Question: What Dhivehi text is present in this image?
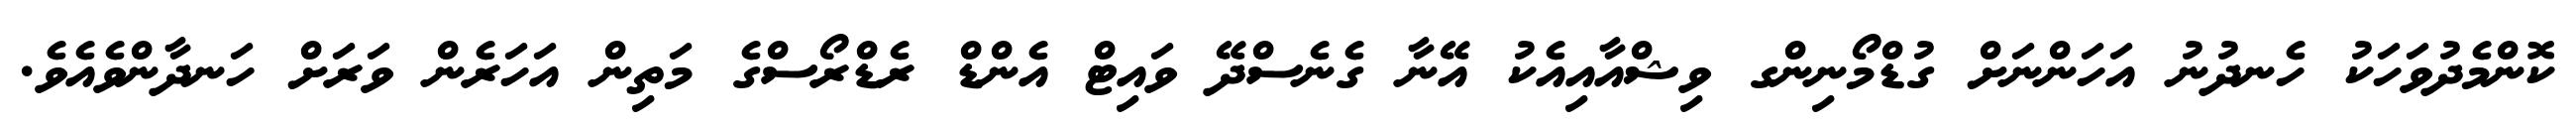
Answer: ކޮންމެދުވަހަކު ހެނދުނު އަހަންނަށް ގުޑްމޯނިންގ ވިޝްއާއިއެކު އޭނާ ގެނެސްދޭ ވައިޓް އެންޑް ރެޑްރޯސްގެ މަތިން އަހަރެން ވަރަށް ހަނދާންވެއެވެ.